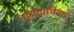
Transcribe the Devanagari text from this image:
न्यूरोट्राफिक